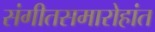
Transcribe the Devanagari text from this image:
संगीतसमारोहांत